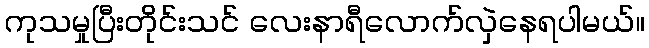
ကုသမှုပြီးတိုင်းသင် လေးနာရီလောက်လှဲနေရပါမယ်။